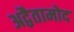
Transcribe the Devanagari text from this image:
अद्वैतामोद